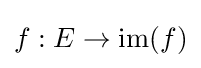
f:E\to \operatorname {im} (f)